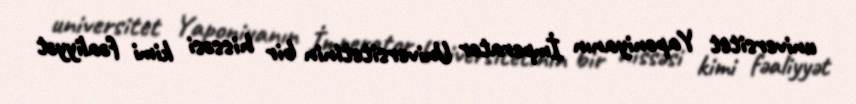
universitet Yaponiyanın İmperator Universitetinin bir hissəsi kimi fəaliyyət